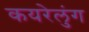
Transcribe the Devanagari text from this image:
कयरेलुंग